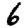
Digit: 6